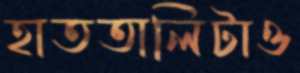
হাততালিটাও